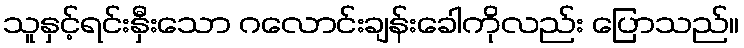
သူနှင့်ရင်းနှီးသော ဂလောင်းချန်းခေါကိုလည်း ပြောသည်။